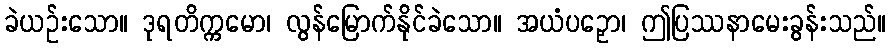
ခဲယဉ်းသော။ ဒုရတိက္ကမော၊ လွန်မြောက်နိုင်ခဲသော။ အယံပဉှော၊ ဤပြဿနာမေးခွန်းသည်။